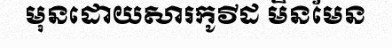
មុនដោយសារកូវីដ មិនមែន